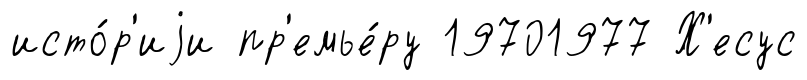
исто́р'иjи пр'емье́ру 19701977 Х'есус